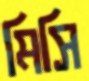
মিসি